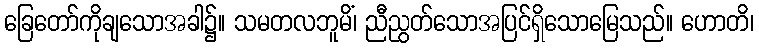
ခြေတော်ကိုချသောအခါ၌။ သမတလဘူမိံ၊ ညီညွတ်သောအပြင်ရှိသောမြေသည်။ ဟောတိ၊